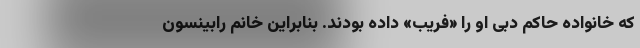
که خانواده حاکم دبی او را «فریب» داده‌ بودند. بنابراین خانم رابینسون